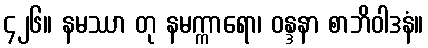
၄၂၆။ နမဿာ တု နမက္ကာရော၊ ဝန္ဒနာ စာဘိဝါဒနံ။